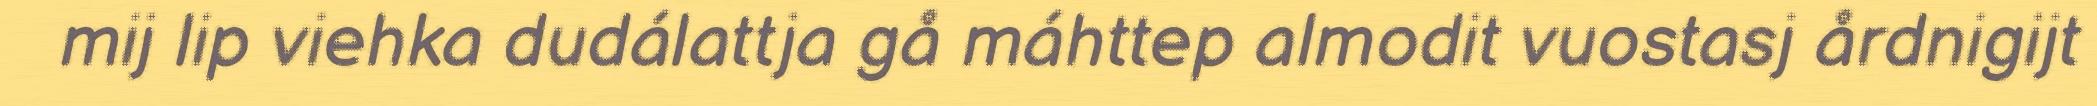
mij lip viehka dudálattja gå máhttep almodit vuostasj årdnigijt